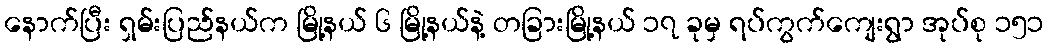
နောက်ပြီး ရှမ်းပြည်နယ်က မြို့နယ် ၆ မြို့နယ်နဲ့ တခြားမြို့နယ် ၁၇ ခုမှ ရပ်ကွက်ကျေးရွာ အုပ်စု ၁၅၁